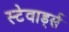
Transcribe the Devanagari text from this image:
स्टेवार्ड्स